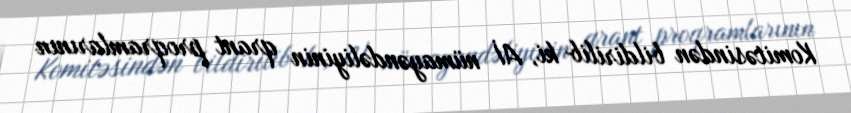
Komitəsindən bildirilib ki, Aİ nümayəndəliyinin qrant proqramlarının